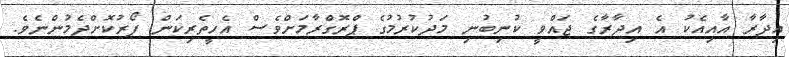
އިދާރާ އާއިއެކު އެ އިދާރާގެ ޖައްވީ ކުނިބުނި މަދުކުރުމުގެ ޕްރޮގްރާމަށްވެސް އެހީތެރިކަން ފޯރުކޮށްދެމުންނެވެ.